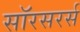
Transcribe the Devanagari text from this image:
सॉरसरर्स